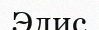
Элис